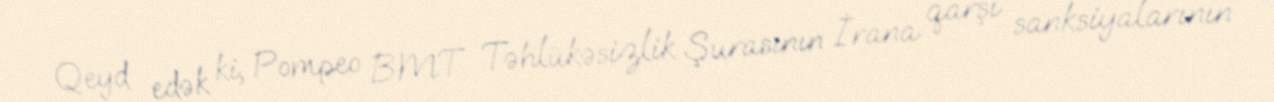
Qeyd edək ki, Pompeo BMT Təhlükəsizlik Şurasının İrana qarşı sanksiyalarının